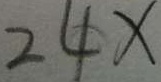
2 4 x